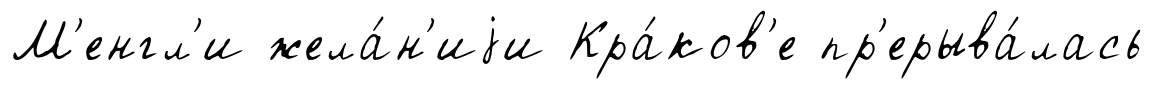
М'енгл'и жела́н'иjи Кра́ков'е пр'ерыва́лась